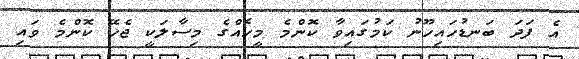
އެ ފަދަ ބަނޑުހައިހޫނު ކަމުގައިވާ ކޮންމެ މީހެއްގެ މިސާލަކީ ޖެހޭ ކޮންމެ ވައި